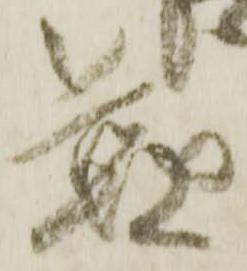
懃